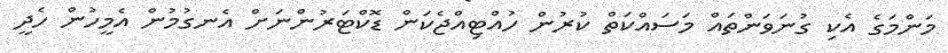
މަންމަގެ އެކި ގުނަވަންތައް މަސައްކަތް ކުރުން ހުއްޓިއްޖެކަން ޑޮކްޓަރުންނަށް އެނގުމުން އެމީހުން ހެދީ